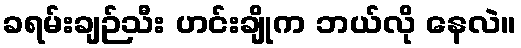
ခရမ်းချဉ်သီး ဟင်းချိုက ဘယ်လို နေလဲ။